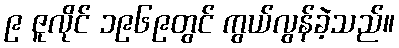
၉ ဇူလိုင် ၁၉၆၉တွင် ကွယ်လွန်ခဲ့သည်။